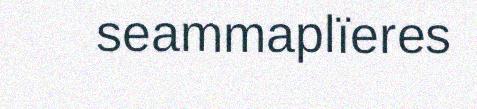
seammaplïeres